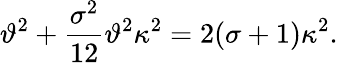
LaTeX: \vartheta^{2}+\frac{\sigma^{2}}{12}\vartheta^{2}\kappa^{2}=2(\sigma+1)\kappa^{2}.